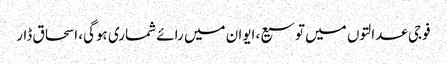
فوجی عدالتوں میں‌ توسیع، ایوان میں رائے شماری ہوگی، اسحاق ڈار